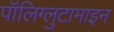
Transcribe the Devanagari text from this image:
पॉलिग्लुटामाइन